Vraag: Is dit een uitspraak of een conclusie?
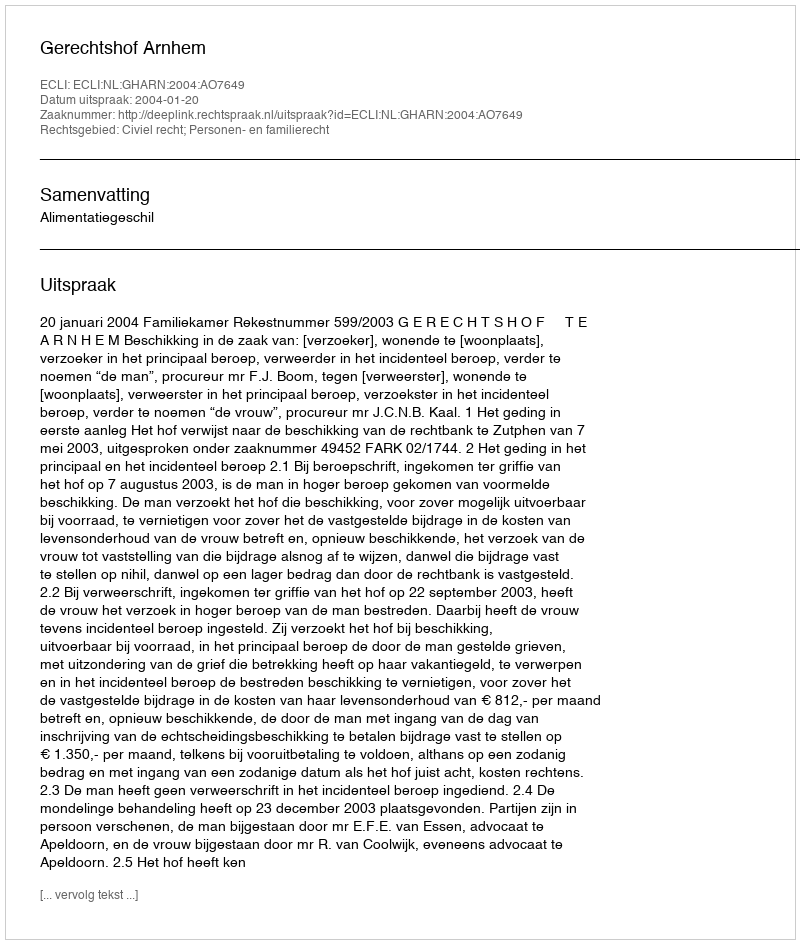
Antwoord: Uitspraak